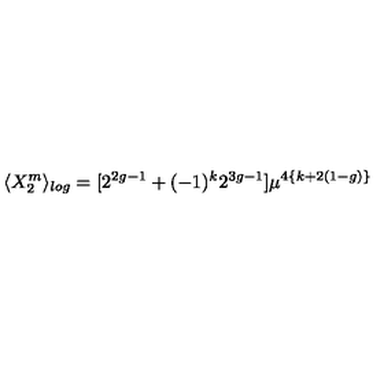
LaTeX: \langle X _ { 2 } ^ { m } \rangle _ { l o g } = [ 2 ^ { 2 g - 1 } + ( - 1 ) ^ { k } 2 ^ { 3 g - 1 } ] \mu ^ { 4 \{ k + 2 ( 1 - g ) \} }